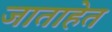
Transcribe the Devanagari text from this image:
जाताहेत